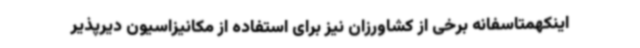
اینکهمتاسفانه برخی از کشاورزان نیز برای استفاده از مکانیزاسیون دیرپذیر